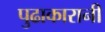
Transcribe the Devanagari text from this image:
पुढाकारानी